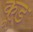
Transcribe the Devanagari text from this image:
कूड